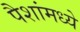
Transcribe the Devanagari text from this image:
पैशांमध्ये